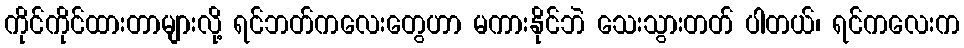
ကိုင်ကိုင်ထားတာများလို့ ရင်ဘတ်ကလေးတွေဟာ မကားနိုင်ဘဲ သေးသွားတတ် ပါတယ်၊ ရင်ကလေးက